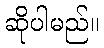
ဆိုပါမည်။